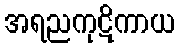
အရညကုဋိကာယ